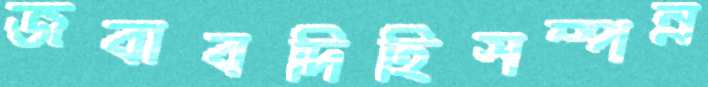
জবাবদিহিসম্পন্ন